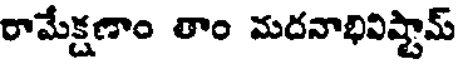
రామేక్షణాం తాం మదనాభివిష్టామ్